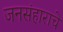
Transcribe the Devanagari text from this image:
जनसंहाराचे